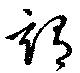
詴